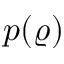
p ( \varrho )